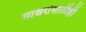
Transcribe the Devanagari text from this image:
साक्षरांसाठीही